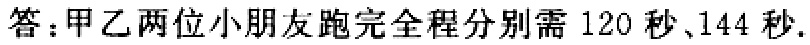
答：甲乙两位小朋友跑完全程分别需 120 秒、144 秒.